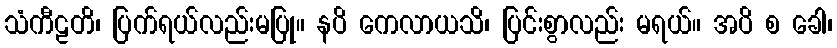
သံကီဠတိ၊ ပြက်ရယ်လည်းမပြု။ နပိ ကေလာယသိ၊ ပြင်းစွာလည်း မရယ်။ အပိ စ ခေါ၊